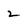
Character: 2